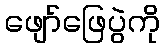
ဖျော်ဖြေပွဲကို